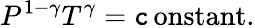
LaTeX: P^{1-\gamma}T^{\gamma}=\operatorname{\mathtt{c}onstant}.